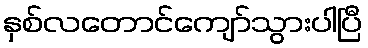
နှစ်လတောင်ကျော်သွားပါပြီ